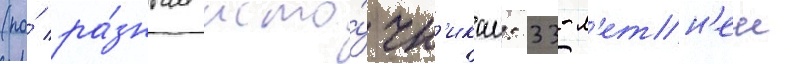
(по́ ра́зным исто́чн'икам: 33-л'етн'еи